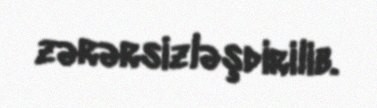
zərərsizləşdirilib.